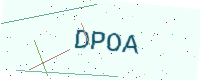
Text: DPOA